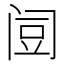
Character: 𰿯